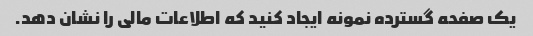
یک صفحه گسترده نمونه ایجاد کنید که اطلاعات مالی را نشان دهد.